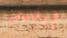
إرتداء